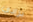
برادي